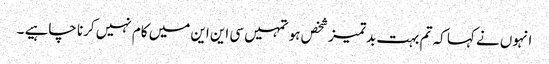
انہوں نے کہا کہ تم بہت بدتمیز شخص ہو تمہیں سی این این میں کام نہیں کرنا چاہیے ۔